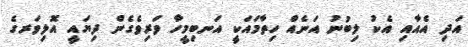
އަދި އެއާއި އެކު ލިބުނު އަނެއް ހިތާމައަކީ އަނބިމީހާ ވަރިވެގެން ދިޔައީ އޮލިވަރގެ